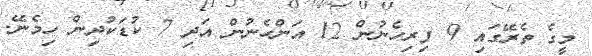
މީގެ ތެރޭގައި 9 ފިރިހެނުން 12 އަންހެނުން އަދި 7 ކުޑަކުދިން ހިމެނޭ.